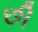
છી